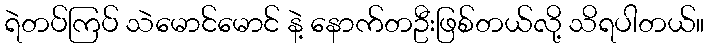
ရဲတပ်ကြပ် သဲမောင်မောင် နဲ့ နောက်တဦးဖြစ်တယ်လို့ သိရပါတယ်။